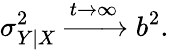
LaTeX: \sigma_{Y\mid X}^{2}\xrightarrow{t\rightarrow\infty}b^{2}.